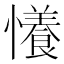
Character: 懩